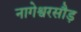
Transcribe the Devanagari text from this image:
नागेश्वरसौड़